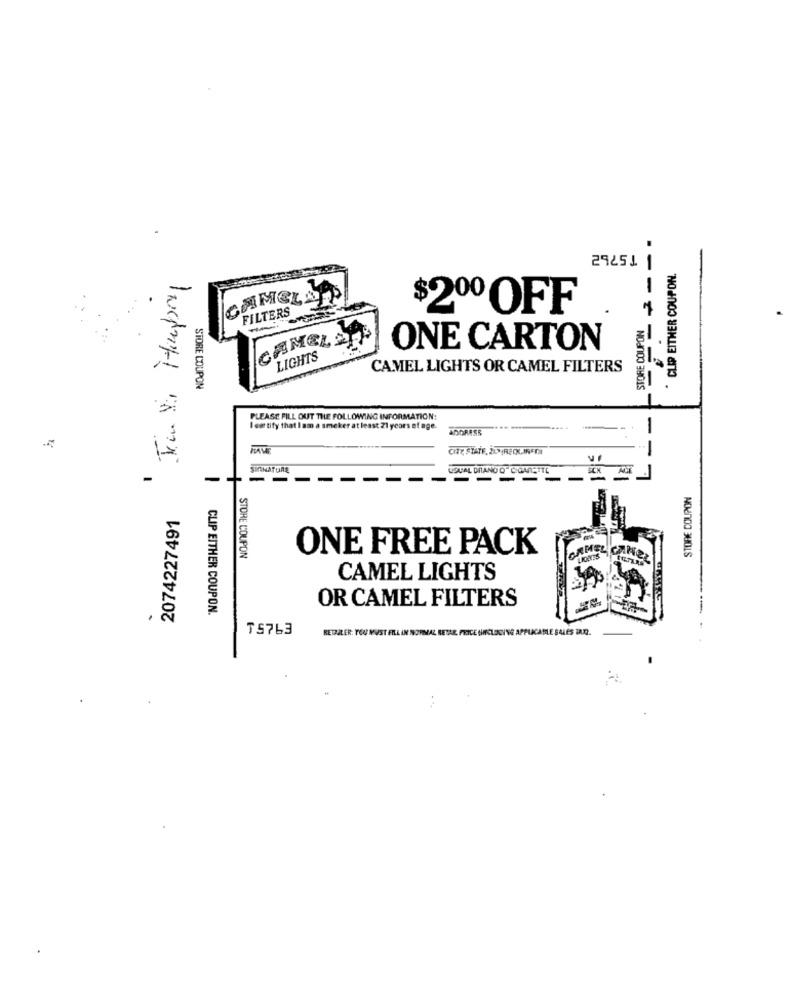
| ₸5762
* CLIP EITHER COUPON.
FILTERS
STORE COUPON
$200 OFF
CAMEL SAP
ONE CARTON
LIGHTS
CAMEL LIGHTS OR CAMEL FILTERS
STORE COUPON
PLEASE FILL OUT THE FOLLOWING INFORMATION:
lem tify that I am a smeker at least 21 years of age.
PANE
--- 1 ==----
SIGNATURE
USUAL DIANO Q" CIGARETTE
-
SCH
STORE COUPON
2074227491
ONE FREE PACK
CAMEL
STORE COUPON
CAMEL LIGHTS
OR CAMEL FILTERS
CLIP EITHER COUPON.
TS763
RETAILER: YOU MUST FILL IN NORMAL BETAR PRICE (HRCLEGING APPLICAMLE SALES INDE.